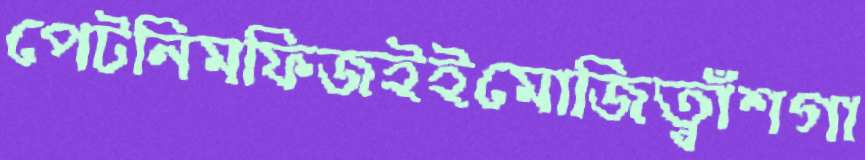
পেটনিমফিজইইমোজিত্বাঁশগা